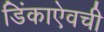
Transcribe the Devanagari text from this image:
डिंकाऐवची